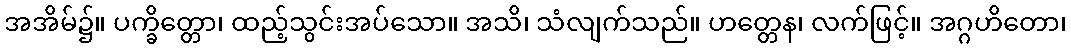
အအိမ်၌။ ပက္ခိတ္တော၊ ထည့်သွင်းအပ်သော။ အသိ၊ သံလျက်သည်။ ဟတ္တေန၊ လက်ဖြင့်။ အဂ္ဂဟိတော၊